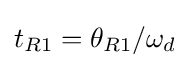
t_{R1}=\theta _{R1}/\omega _{d}